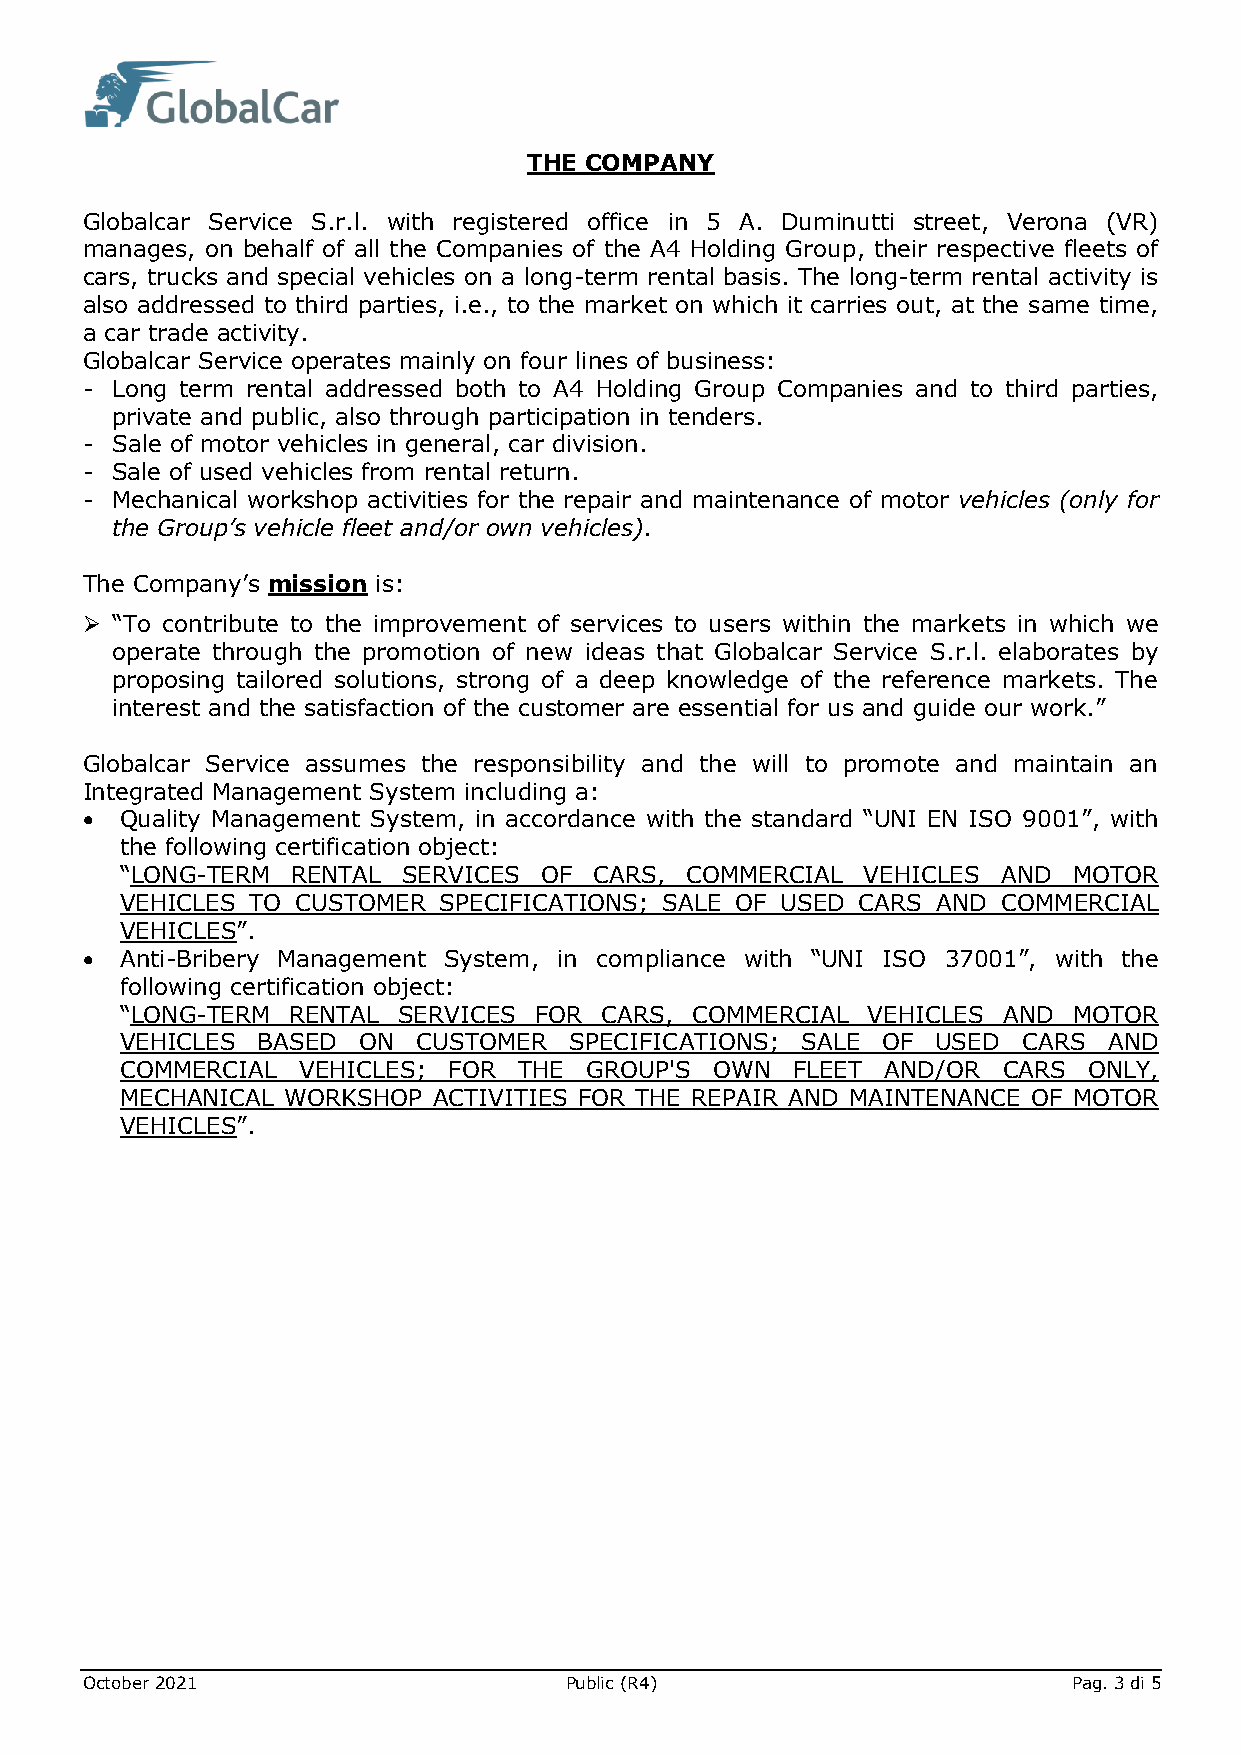
THE COMPANY
 Globalcar Service S.r.l. with registered office in 5 A. Duminutti street, Verona (VR)
 manages, on behalf of all the Companies of the A4 Holding Group, their respective fleets of
 cars, trucks and special vehicles on a long-term rental basis. The long-term rental activity is
 also addressed to third parties, i.e., to the market on which it carries out, at the same time,
 a car trade activity.
 Globalcar Service operates mainly on four lines of business:
 - Long term rental addressed both to A4 Holding Group Companies and to third parties,
 private and public, also through participation in tenders.
 - Sale of motor vehicles in general, car division.
 - Sale of used vehicles from rental return.
 - Mechanical workshop activities for the repair and maintenance of motor vehicles (only for
 the Group’s vehicle fleet and/or own vehicles).
 The Company’s mission is:
 ➢ “To contribute to the improvement of services to users within the markets in which we
 operate through the promotion of new ideas that Globalcar Service S.r.l. elaborates by
 proposing tailored solutions, strong of a deep knowledge of the reference markets. The
 interest and the satisfaction of the customer are essential for us and guide our work.”
 Globalcar Service assumes the responsibility and the will to promote and maintain an
 Integrated Management System including a:
 •  Quality Management System, in accordance with the standard “UNI EN ISO 9001”, with
 the following certification object:
 “LONG-TERM RENTAL  SERVICES OF CARS, COMMERCIAL  VEHICLES AND  MOTOR
 VEHICLES TO CUSTOMER SPECIFICATIONS; SALE OF USED CARS AND COMMERCIAL
 VEHICLES”.
 •  Anti-Bribery Management System, in compliance with “UNI ISO 37001”, with the
 following certification object:
 “LONG-TERM RENTAL SERVICES FOR  CARS, COMMERCIAL VEHICLES AND  MOTOR
 VEHICLES BASED  ON  CUSTOMER  SPECIFICATIONS; SALE OF USED  CARS AND
 COMMERCIAL  VEHICLES; FOR THE  GROUP'S OWN  FLEET  AND/OR CARS  ONLY,
 MECHANICAL WORKSHOP  ACTIVITIES FOR THE REPAIR AND MAINTENANCE OF MOTOR
 VEHICLES”.
 October 2021                    Public (R4)                       Pag. 3 di 5